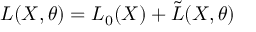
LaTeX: L ( X , \theta ) = L _ { 0 } ( X ) + \tilde { L } ( X , \theta ) \,